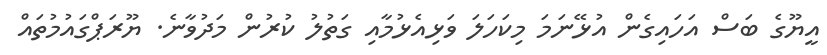
އީޔޫގެ ބަސް އަހައިގެން އުޅޭނަމަ މިކަހަލަ ވަޅިއެޅުމާއި ގަތުލު ކުރުން މަދުވާނެ. ޔޫރަޕްގައުމުތައް